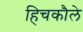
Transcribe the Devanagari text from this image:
हिचकौले